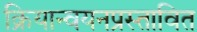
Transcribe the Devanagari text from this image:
क्रियान्वयनप्रस्तावित